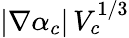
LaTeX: |\nabla\alpha_{c}|\, V_{c}^{1/3}